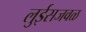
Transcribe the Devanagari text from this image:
लुईसजवळ